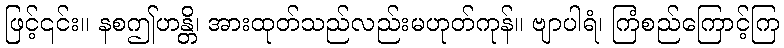
ဖြင့်၎င်း။ နစဤဟန္တိ၊ အားထုတ်သည်လည်းမဟုတ်ကုန်။ ဗျာပါရံ၊ ကြံစည်ကြောင့်ကြ